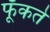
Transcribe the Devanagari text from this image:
फूँकते